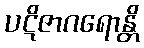
ပဋိဇာဂရောန္တိ